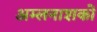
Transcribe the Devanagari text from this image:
अम्लनाशकों